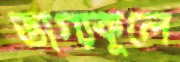
ভাগ্যকূলে